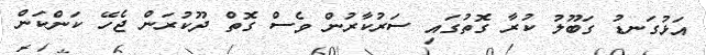
އަޅުގަނޑު ގަބޫލު ކުރާ ގޮތުގައި ސަރުކާރުން ވެސް ގޮތް ދޫކުރަން ޖެހޭ ކަންކަން